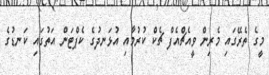
މީގެ ތެރޭގައި މެރިން ވީއެޗްއެފް ޗެކް ކުރުމާއި އުޅަނދުގެ ކެޕްޓަން އަތުގައި ކަނޑުގެ